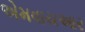
એમવાયઆર